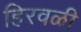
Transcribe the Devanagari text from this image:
हिरवळी